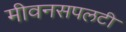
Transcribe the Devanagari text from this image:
मीवनसपलटी